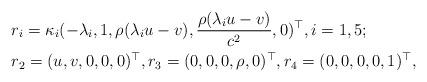
LaTeX: \begin{align*}&r_i=\kappa_i(-\lambda_i,1,\rho(\lambda_i u-v), \frac{\rho (\lambda_i u-v)}{c^2},0)^\top, i=1,5;\\&r_2=(u,v,0,0,0)^\top, r_3=(0,0,0,\rho,0)^\top, r_4=(0,0,0,0,1)^\top,\end{align*}